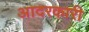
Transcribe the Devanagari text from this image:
आदरकारी